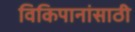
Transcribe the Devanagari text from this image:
विकिपानांसाठी